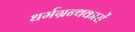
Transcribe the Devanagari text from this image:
धर्मग्रन्थकारों